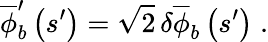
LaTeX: \overline{{\phi}}_{b}^{\prime}\left(s^{\prime}\right)=\sqrt{2}\, \delta\overline{{\phi}}_{b}\left(s^{\prime}\right)\; .